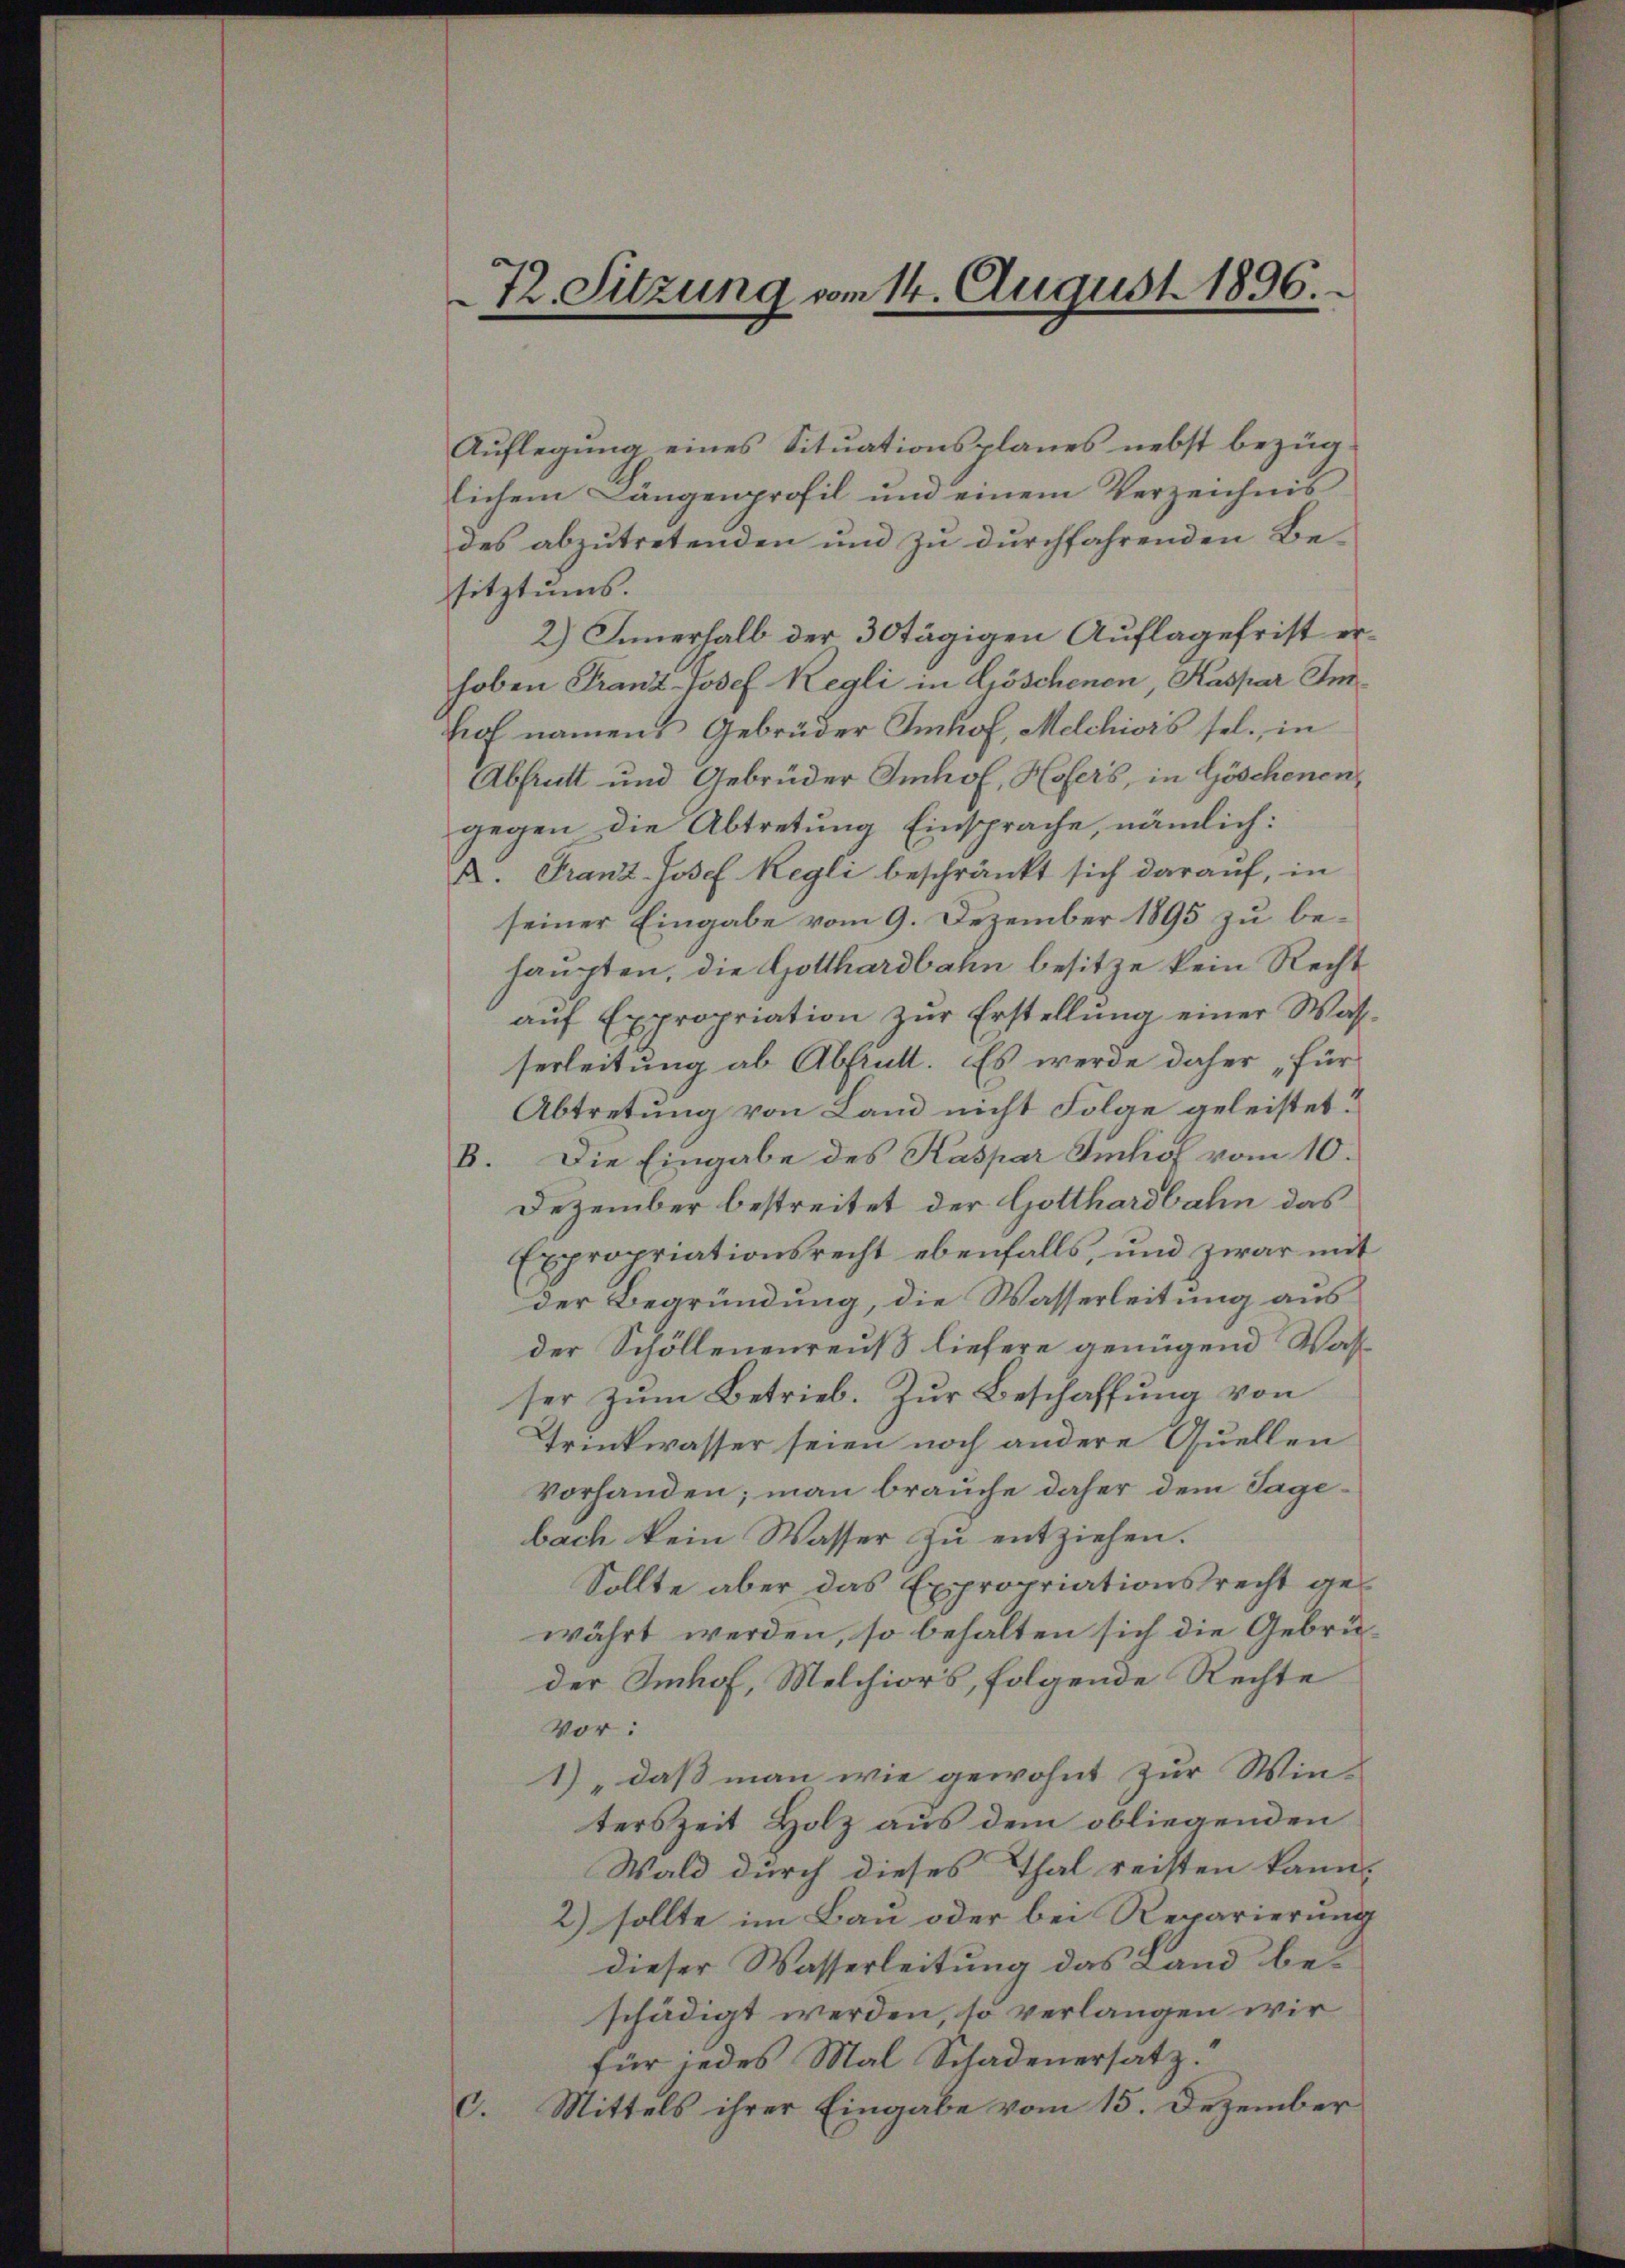
72. Sitzung vom 14. August 1896.

Auflegung eines Situationsplanes nebst bezug
lichem Längenprofil und einem Verzeichnis
des abzutretenden und zu durchfahrenden Besitztums.
2) Innerhalb der 30 tägigen Auflagefrist erhoben Franz-Josef Regli in Göschenen, Kaspar Imhof namens Gebrüder Imhof, Melchiors sel. in
Abfrutt und Gebrüder Imhof, Hofers, in Göschenengegen die Abtretung Einsprache, nämlich:
A. Franz-Josef Regli beschränkt sich darauf, in
seiner Eingabe vom 9. Dezember 1895 zu behaupten, die Gotthardbahn besitze kein Recht
auf Expropriation zur Erstellung einer Wasserleitung ab Abstratt. Es werde daher für
Abtretung von Land nicht Folge geleistet?
B. Die Eingabe des Kaspar Imhof vom 10.
Dezember bestreitet der Gotthardbahn das
Expropriationsrecht ebenfalls, und zwar mit
der Begründung, die Wasserleitung aus
der Schöllenenreuß liefere genügend Wasser zum Betrieb. Zur Beschaffung von
Trinkwasser seien noch andere Quellen
Vorhanden; man brauche daher dem Tagebach kein Wasser zu entziehen.
Sollte aber das Expropriationsrecht gewährt werden, so behalten sich die Gebrüder Imhof, Melchiors, folgende Rechte
Vor:
1) „daß man wie gewohnt zur Win-
terszeit Holz aus dem obliegenden
Wald durch dieses Thal reisten kann.
2) sollte im Bau oder bei Reparierung
dieser Wasserleitung das Land beschädigt werden, so verlangen wir
für jedes Mal Schadenersatz.
C. Mittels ihrer Eingabe vom 15. Dezember